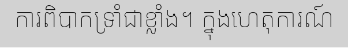
ការពិបាកទ្រាំជាខ្លាំង។ ក្នុងហេតុការណ៍